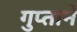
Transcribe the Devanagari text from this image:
गुप्ताने